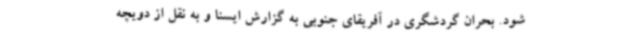
شود. بحران گردشگری در آفریقای جنوبی به گزارش ایسنا و به نقل از دویچه